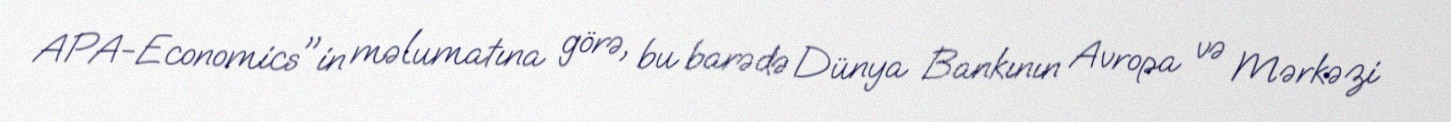
APA-Economics"in məlumatına görə, bu barədə Dünya Bankının Avropa və Mərkəzi